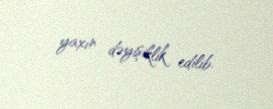
yaxın dəyişiklik edilib.